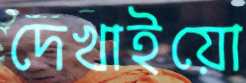
দেখাইয়ো